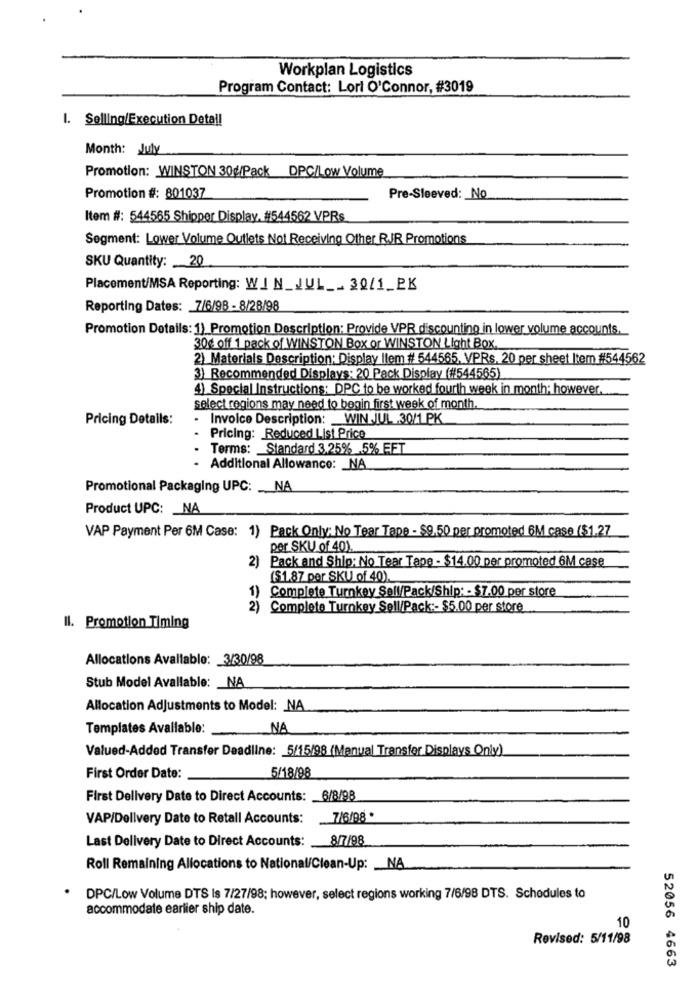
Workplan Logistics
Program Contact: Lort O'Connor, #3019
I. Selling/Execution Deta !!
Month: July
Promotion: WINSTON 30g/Pack DPC/Low Volume
Promotion #: 801037
Pre-Sleeved: No
Item #: 544565 Shipper Display, #544562 VPRs
Segment: Lower Volume Outlets Not Receiving Other RJR Promotions
SKU Quantity: 20
Placement/MSA Reporting: WIN_JUL __ 30/1_PK
Reporting Dates: 7/6/98 - 8/28/98
Promotion Details: 1) Promotion Description: Provide VPR discounting in lower volume accounts.
30g off 1 pack of WINSTON Box or WINSTON Light Box.
2) Materials Description: Display Ilem # 544565, VPRs. 20 per sheet Item #544562
3) Recommended Displays: 20 Pack Display (#544565)
4) Special Instructions: DPC to be worked fourth week in month; however.
select regions may need to begin first week of month.
Pricing Details:
· Invoice Description:
WIN JUL .30/1 PK
Pricing: Reduced List Price
Terms: Standard 3,25% 5% EFT
- Additional Allowance: _ NA
Promotional Packaging UPC: __ NA
Product UPC: _ NA
VAP Payment Per 6M Case: 1) Pack Only: No Tear Tape - $9,50 per promoted 6M case ($1.27
per SKU of 40),
2) Pack and Ship; No Tear Tape - $14.00 per promoted 6M case
($1.87 per SKU of 40)
)Complete Turnkey Soll/Pack/Ship: - $7.00 per store
2) Complete Turnkey Sell/Pack :- $5.00 per store
Il. Promotion Timing
Allocations Avallablo: 3/30/98
Stub Model Avallable: _ NA
Allocation Adjustments to Model: NA
Templates Available:
NA
Valued-Added Transfer Deadline: 5/15/98 (Menual Transfer Displays Only)
First Order Date:
5/18/98
First Delivery Date to Direct Accounts: 6/8/98
VAP/Delivery Date to Retall Accounts:
7/6/98 *
Last Delivery Date to Direct Accounts:
8/7/98
Roll Remaining Allocations to National/Clean-Up: _ NA
DPC/Low Volume DTS Is 7/27/98; however, select regions working 7/6/98 DTS. Schedules to
accommodate earlier ship date.
10
Revised: 5/11/98
52056 4663